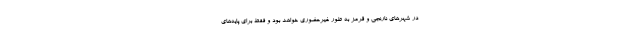
در شهر‌های نارنجی و قرمز به طور غیرحضوری خواهد بود و فقط برای پایه‌های